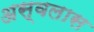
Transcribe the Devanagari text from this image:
अस्वलास